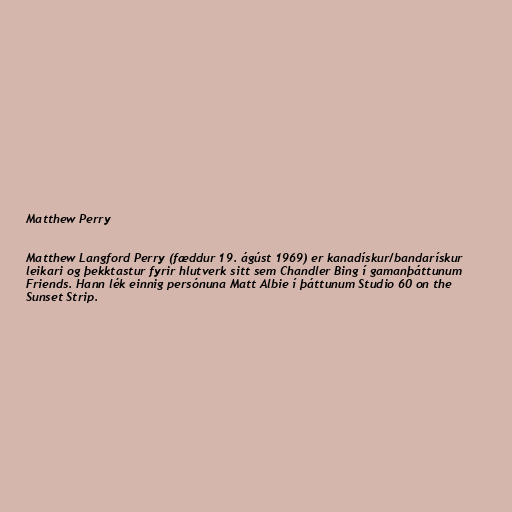
Matthew Perry

Matthew Langford Perry (fæddur 19. ágúst 1969) er kanadískur/bandarískur
leikari og þekktastur fyrir hlutverk sitt sem Chandler Bing í gamanþáttunum
Friends. Hann lék einnig persónuna Matt Albie í þáttunum Studio 60 on the
Sunset Strip.